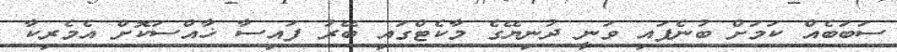
ސަބަބެއް ކަމަށް ބުނެފައި ވަނީ ދުނިޔޭގެ މާކެޓްގައި ބޭރު ފައިސާ ޚާއްސަކޮށް އެމެރިކާ